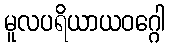
မူလပရိယာယဝဂ္ဂေါ